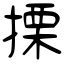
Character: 搮